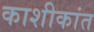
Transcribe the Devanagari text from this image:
काशीकांत